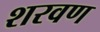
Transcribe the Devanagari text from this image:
शरवण